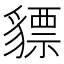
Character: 𧴋